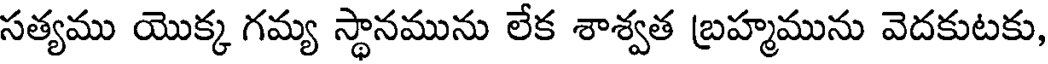
సత్యము యొక్క గమ్య స్థానమును లేక శాశ్వత బ్రహ్మమును వెదకుటకు,